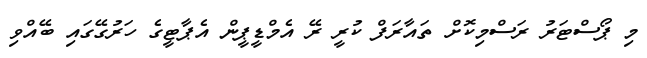
މި ޕޯސްޓަރު ރަސްމިކޮށް ތައާރަފް ކުރީ ރޭ އެމްޑީޕީން އެޕާޓީގެ ހަރުގޭގައި ބޭއްވި